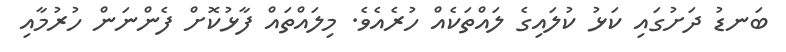
ބަނޑު ދަށުގައި ކަޅު ކުލައިގެ ލައްތަކެއް ހުރެއެވެ. މިލައްތައް ފާޅުކޮށް ފެންނަން ހުރުމާއި